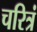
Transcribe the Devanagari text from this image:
चरित्रं